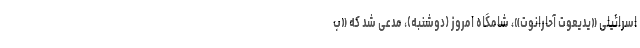
اسرائیلی «یدیعوت آحارانوت»،‌ شامگاه امروز (دوشنبه)، مدعی شد که «ب